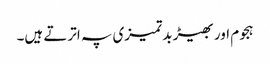
ہجوم اور بھیڑ بدتمیزی پہ اترتے ہیں۔